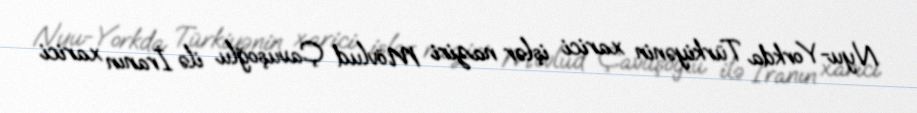
Nyu-Yorkda Türkiyənin xarici işlər naziri Mövlud Çavuşoğlu ilə İranın xarici